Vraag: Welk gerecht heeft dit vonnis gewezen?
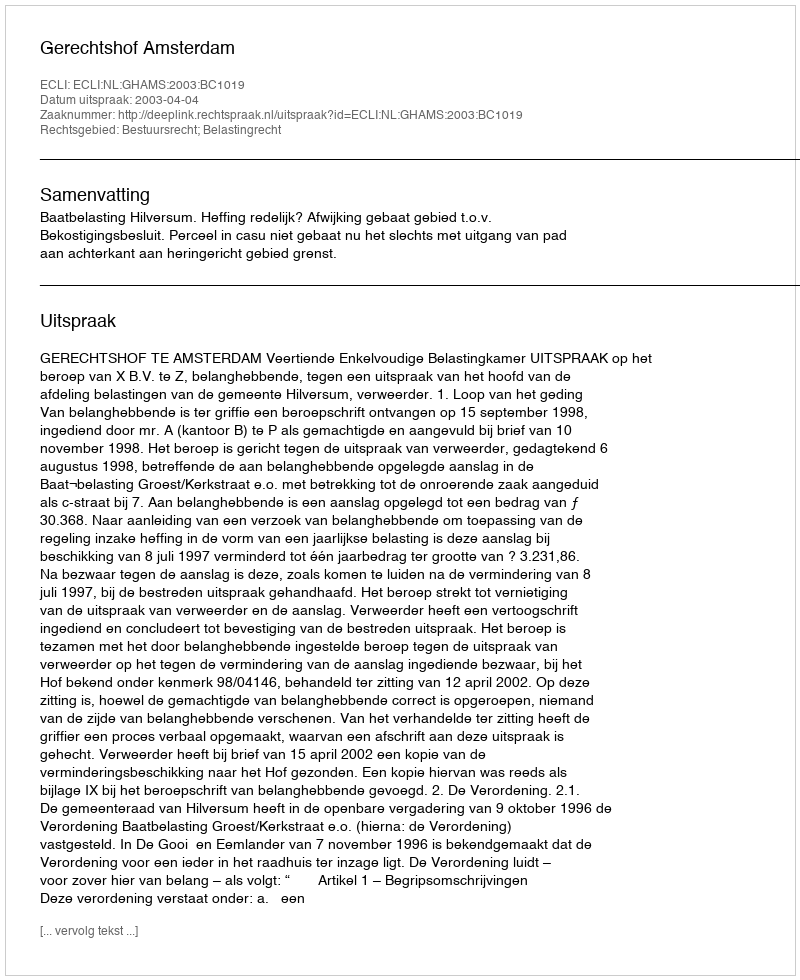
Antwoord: Gerechtshof Amsterdam